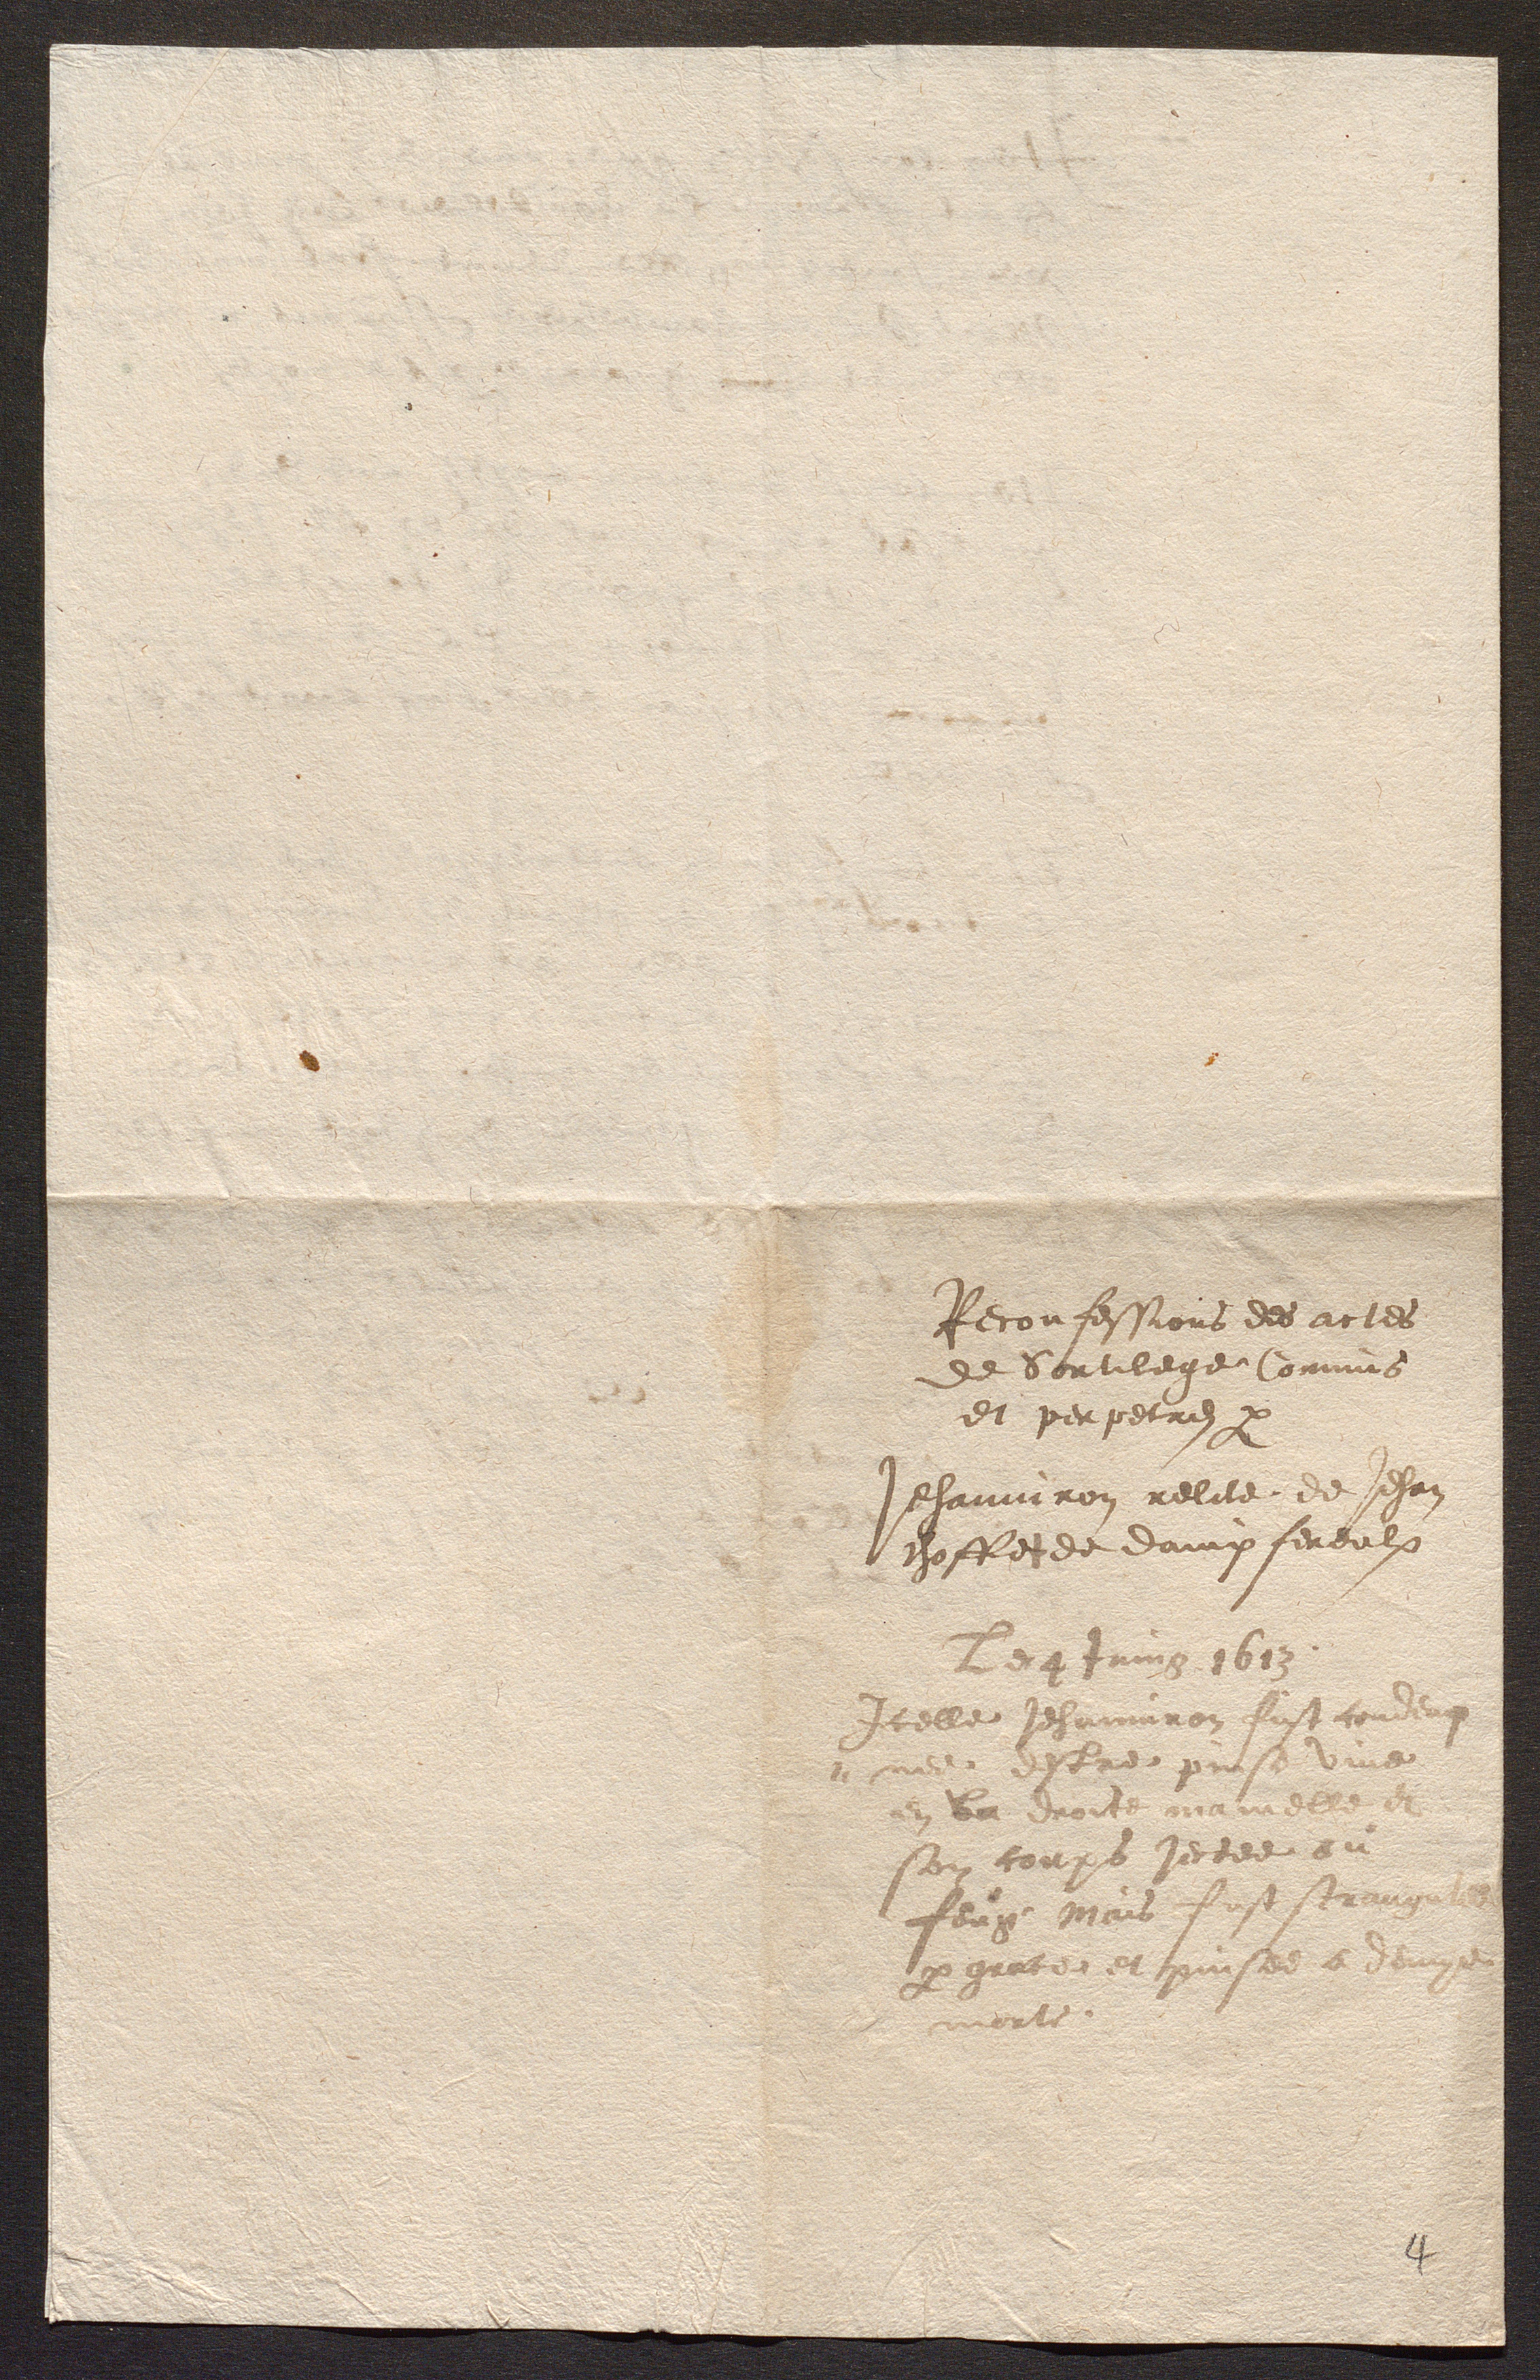
Reconfessions des actes
de Sortilege Commis
et perpetres par
Jehanniron relite de Jehan
choffes de dampfereulx
Le qtuing 1613
Icelle Jehanniron fust condeng
meeu estres prise vive
en la droite mamelle et
son corps jectee au
feuge Mais fust scrang
par girte et puisee a demgs
morte